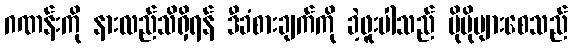
ဂဏန်းကို နားလည်သိရှိရန် ဒီခံစားချက်ကို ခဲ့ဖူးပါသည် ပိုမိုများစေသည်